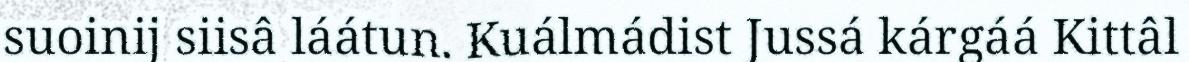
suoinij siisâ láátun. Kuálmádist Jussá kárgáá Kittâl